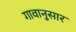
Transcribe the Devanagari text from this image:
गावानुसार